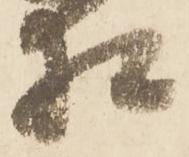
相